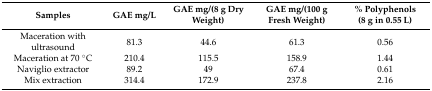
<table><thead><tr><td><b>Samples</b></td><td><b>GAE mg/L</b></td><td><b>GAE mg/(8 g Dry Weight)</b></td><td><b>GAE mg/(100 g Fresh Weight)</b></td><td><b>% Polyphenols (8 g in 0.55 L)</b></td></tr></thead><tbody><tr><td>Maceration with ultrasound</td><td>81.3</td><td>44.6</td><td>61.3</td><td>0.56</td></tr><tr><td>Maceration at 70 °C</td><td>210.4</td><td>115.5</td><td>158.9</td><td>1.44</td></tr><tr><td>Naviglio extractor</td><td>89.2</td><td>49</td><td>67.4</td><td>0.61</td></tr><tr><td>Mix extraction</td><td>314.4</td><td>172.9</td><td>237.8</td><td>2.16</td></tr></tbody></table>